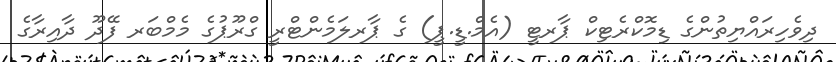
ދިވެހިރައްޔިތުންގެ ޑިމޮކްރެޓިކް ޕާރޓީ (އެމް.ޑީ.ޕީ) ގެ ޕާރލަމެންޓްރީ ގްރޫޕުގެ މެމްބަރ ފޭދޫ ދާއިރާގެ